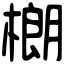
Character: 樃